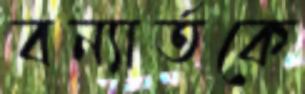
বন্যার্তকে